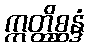
ဣတ္ထိစ္ဆန္ဒံ